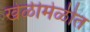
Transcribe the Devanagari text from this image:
खेळीमेळीत